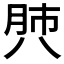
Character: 𰮡